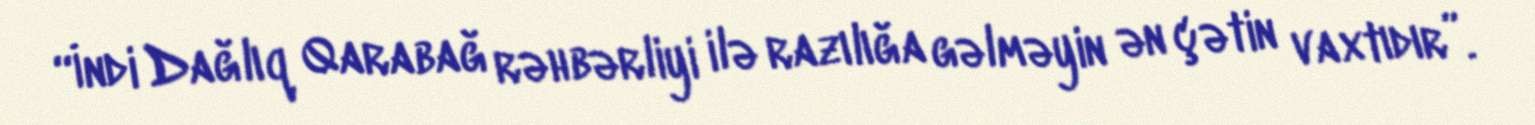
“İndi Dağlıq Qarabağ rəhbərliyi ilə razılığa gəlməyin ən çətin vaxtıdır”.